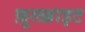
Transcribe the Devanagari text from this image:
फ़ुलब्राइट